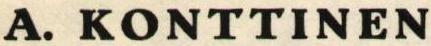
A. KONTTINEN